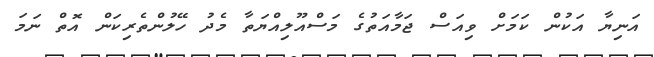
އަނިޔާ އަކުން ކަމަށް ވިއަސް ޖަމާއަތުގެ މަސްއޫލިއްޔަތާ މެދު ހޭލުންތެރިކަން އޮތް ނަމަ